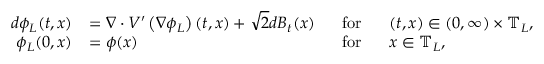
\begin{array} { r l r l } { d \phi _ { L } ( t , x ) } & { = \nabla \cdot V ^ { \prime } \left( \nabla \phi _ { L } \right) ( t , x ) + \sqrt { 2 } d B _ { t } ( x ) } & { ~ ~ \mathrm { f o r } } & { ~ ~ ( t , x ) \in ( 0 , \infty ) \times \mathbb { T } _ { L } , } \\ { \phi _ { L } ( 0 , x ) } & { = \phi ( x ) } & { \mathrm { f o r } } & { ~ ~ x \in \mathbb { T } _ { L } , } \end{array}